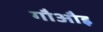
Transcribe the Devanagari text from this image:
गौऔइ